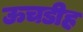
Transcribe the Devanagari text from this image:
ऊचडीह